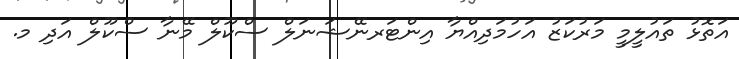
އަތޮޅު ތައުލީމީ މަރުކަޒު އަހުމަދިއްޔާ އިންޓަރނޭޝަނަލް ސްކޫލް މޭނާ ސްކޫލް އަދި މ.